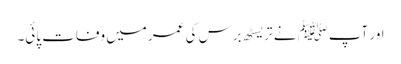
اور آپﷺ نے تریسٹھ برس کی عمر میں وفات پائی۔